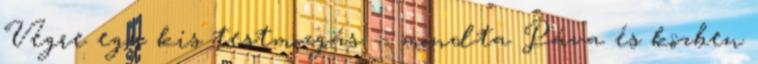
Végre egy kis testmozgás. – mondta Páva és közben